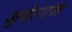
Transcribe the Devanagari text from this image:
जुबेरगंज